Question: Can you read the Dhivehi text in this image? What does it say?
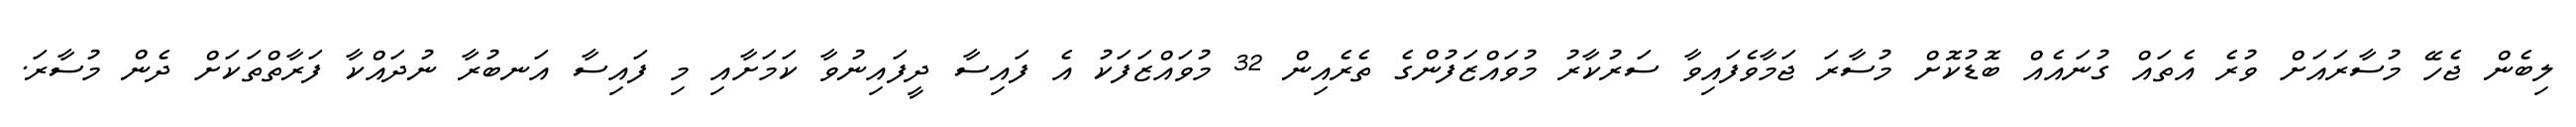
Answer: ލިބެން ޖެހޭ މުސާރައަށް ވުރެ އެތައް ގުނައެއް ބޮޑުކޮށް މުސާރަ ޖަމާވެފައިވާ ސަރުކާރު މުވައްޒަފުންގެ ތެރެއިން 32 މުވައްޒަފަކު އެ ފައިސާ ދީފައިނުވާ ކަމަށާއި މި ފައިސާ އަނބުރާ ނުދައްކާ ފަރާތްތަކަށް ދެން މުސާރަ.